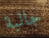
جالبة